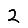
Digit: 2